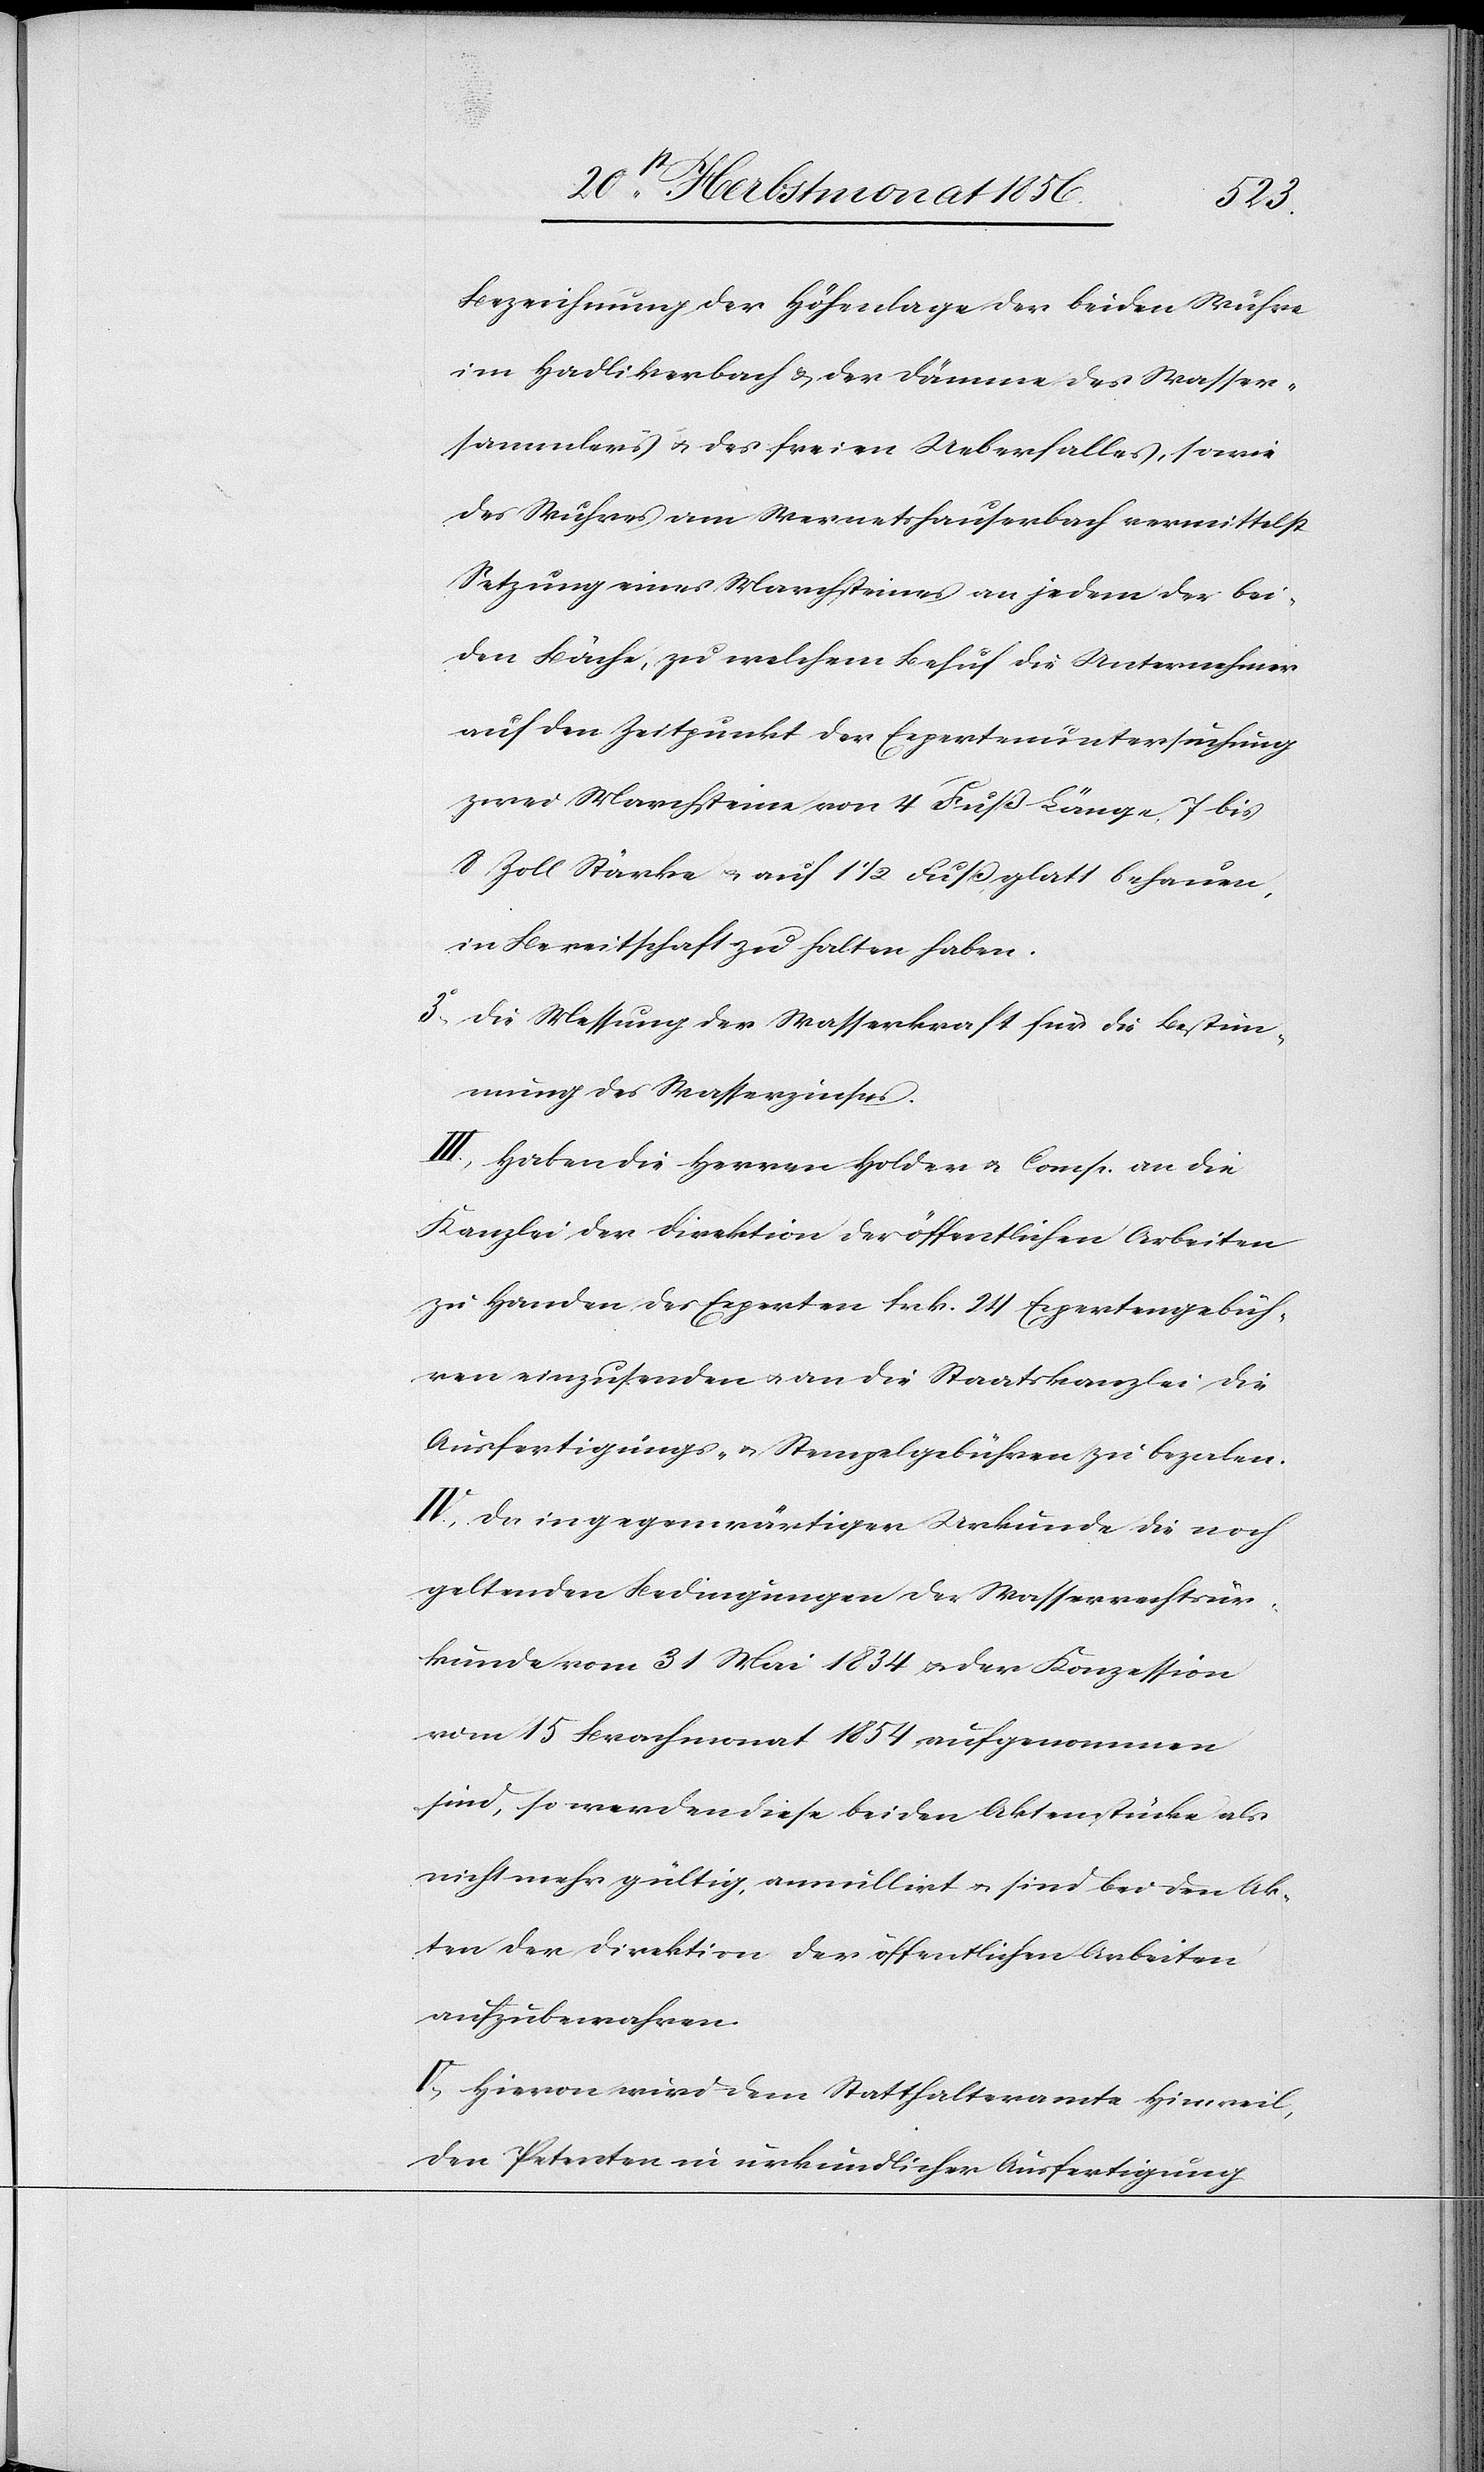
Bezeichnung der Höhenlage der beiden Wuhre
im Hadlikerbach & der Dämme des Wasser¬
sammlers u. des freien Ueberfalles, sowie
des Wuhres am Wernetshauserbach vermittelst
Setzung eines Marchsteines an jedem der bei¬
den Bäche, zu welchem Behuf die Unternehmer
auf den Zeitpunkt der Expertenuntersuchung
zwei Marchsteine von 4 Fuß Länge, 7 bis
8 Zoll Stärke u. auf 1 ½ Fuß glatt behauen,
in Bereitschaft zu halten haben.
3.) Die Messung der Wasserkraft für die Bestim¬
mung des Wasserzinses.
III.) Haben die Herren Holder u. Comp. an die
Kanzlei der Direktion der öffentlichen Arbeiten
zu Handen des Experten Frk. 24 Expertengebüh¬
ren einzusenden u. an die Staatskanzlei die
Ausfertigungs- u. Stempelgebühren zu bezalen.
IV.) Da in gegenwärtiger Urkunde die noch
geltenden Bedingungen der Wasserrechtsur¬
kunde vom 31 Mai 1834 u. der Konzession
vom 15 Brachmonat 1854 aufgenommen
sind, so werden diese beiden Aktenstücke als
nicht mehr gültig, annullirt u. sind bei den Ak¬
ten der Direktion der öffentlichen Arbeiten
aufzubewahren.
V.) Hievon wird dem Statthalteramte Hinweil,
den Petenten in urkundlicher Ausfertigung